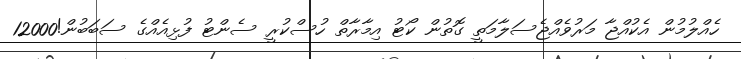
ހެއްލުމުން އެކުއްޖާ މަރުވެއްޖެސަލާމަތީ ގޮތުން ކޯޓު އިމާރާތް ހުސްކުރީ ސެންޓު ފުޅިއެއްގެ ސަބަބުން!12000